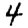
Digit: 4